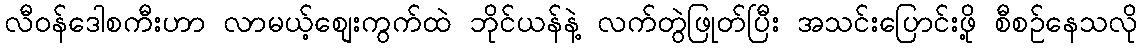
လီဝန်ဒေါစကီးဟာ လာမယ့်စျေးကွက်ထဲ ဘိုင်ယန်နဲ့ လက်တွဲဖြုတ်ပြီး အသင်းပြောင်းဖို့ စီစဉ်နေသလို